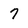
Character: 7